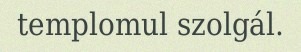
templomul szolgál.